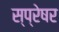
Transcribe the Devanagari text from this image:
स्प्रेषर